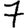
Digit: 7